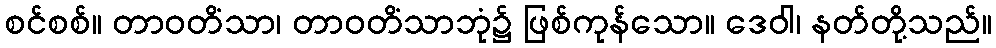
စင်စစ်။ တာဝတိံသာ၊ တာဝတိံသာဘုံ၌ ဖြစ်ကုန်သော။ ဒေဝါ၊ နတ်တို့သည်။